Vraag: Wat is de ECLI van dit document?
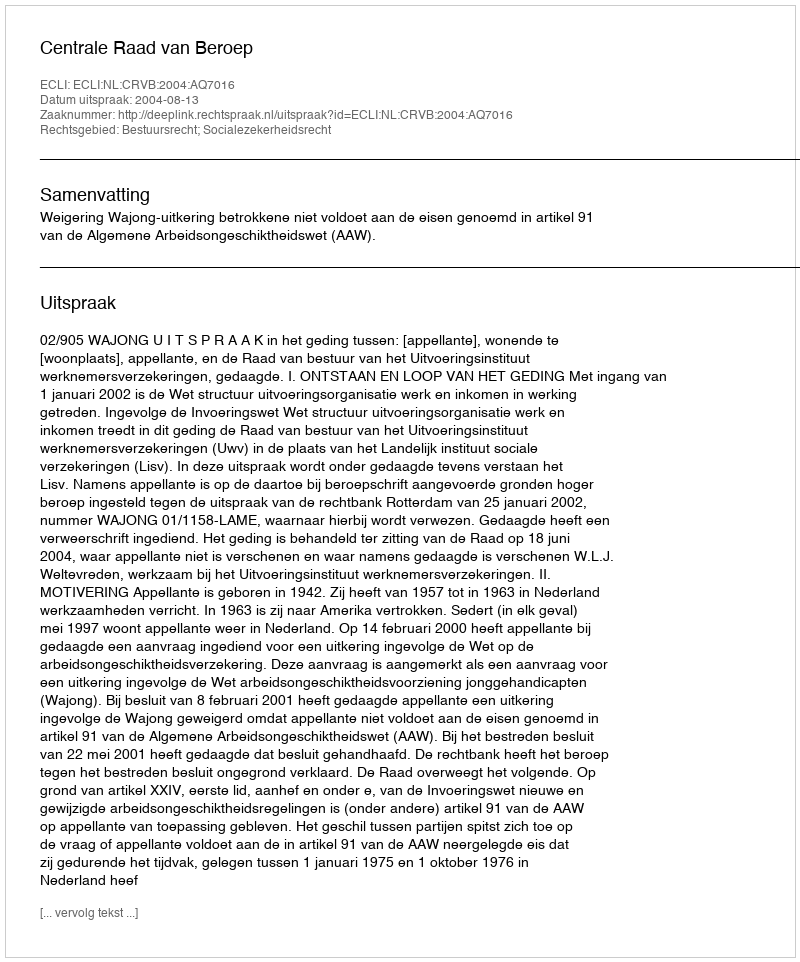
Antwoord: ECLI:NL:CRVB:2004:AQ7016